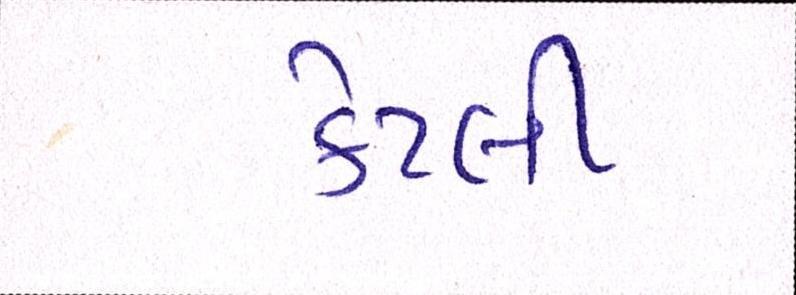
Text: કેટલી